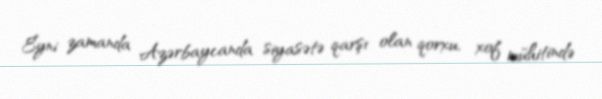
Eyni zamanda Azərbaycanda siyasətə qarşı olan qorxu, xof mühitində